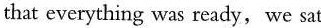
that everything was ready, we sat